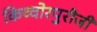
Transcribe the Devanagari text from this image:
किच्चोरपुरीजी